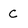
Character: C